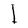
Character: I